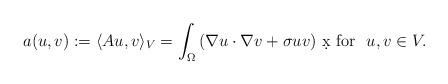
LaTeX: \begin{align*}a(u,v):=\langle A u, v\rangle_V =\int_\Omega \left( \nabla u \cdot \nabla v + \sigma uv \right)\,\d x\mbox{ for } \ u,v\in V.\end{align*}